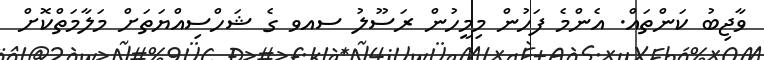
ވާޖިބު ކަންތައް. އެންމެ ފަހުން މިމީހުން ރަސޫލު ސއވ ގެ ޝަހްސިއްޔަތަށް މަލާމަތްކޮށް